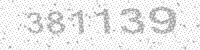
Solution: 381139